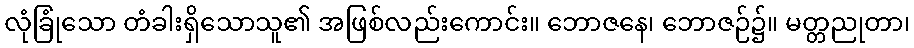
လုံခြုံသော တံခါးရှိသောသူ၏ အဖြစ်လည်းကောင်း။ ဘောဇနေ၊ ဘောဇဉ်၌။ မတ္တညုတာ၊